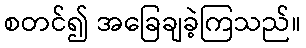
စတင်၍ အခြေချခဲ့ကြသည်။